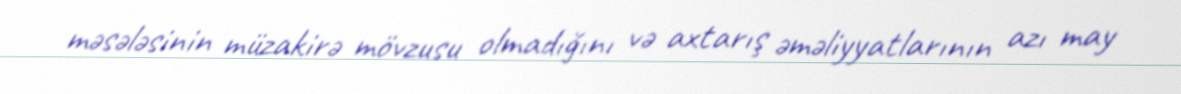
məsələsinin müzakirə mövzusu olmadığını və axtarış əməliyyatlarının azı may